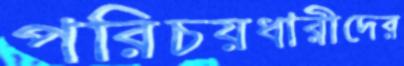
পরিচয়ধারীদের